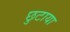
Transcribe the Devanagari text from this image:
छुटाया